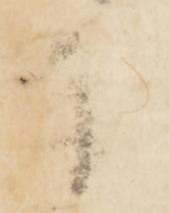
奉